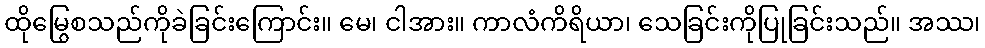
ထိုမြွေစသည်ကိုခဲခြင်းကြောင်း။ မေ၊ ငါအား။ ကာလံကိရိယာ၊ သေခြင်းကိုပြုခြင်းသည်။ အဿ၊